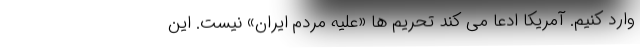
وارد کنیم. آمریکا ادعا می کند تحریم ها «علیه مردم ایران» نیست. این